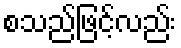
စသည်ဖြင့်လည်း